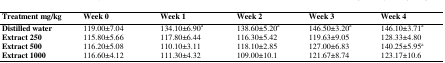
<table><thead><tr><td><b>Treatment mg/kg</b></td><td><b>Week 0</b></td><td><b>Week 1</b></td><td><b>Week 2</b></td><td><b>Week 3</b></td><td><b>Week 4</b></td></tr></thead><tbody><tr><td><b>Distilled water</b></td><td>119.00±7.04</td><td>134.10±6.90a</td><td>138.60±5.20a</td><td>146.50±3.20a</td><td>146.10±3.71a</td></tr><tr><td><b>Extract 250</b></td><td>115.80±5.66</td><td>117.80±6.44</td><td>116.30±5.42</td><td>119.63±9.05</td><td>128.33±4.80</td></tr><tr><td><b>Extract 500</b></td><td>116.20±5.08</td><td>110.10±3.11</td><td>118.10±2.85</td><td>127.00±6.83</td><td>140.25±5.95a</td></tr><tr><td><b>Extract 1000</b></td><td>116.60±4.12</td><td>111.30±4.32</td><td>109.00±10.1</td><td>121.67±8.74</td><td>123.17±10.6</td></tr></tbody></table>